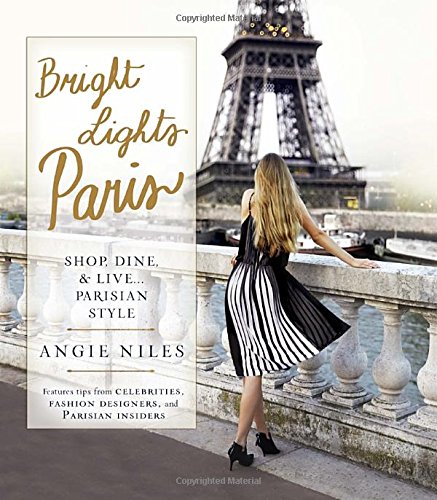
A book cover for Bright Lights Paris: Shop, Dine & Live...Parisian Style; Angie Niles; Arts & Photography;